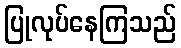
ပြုလုပ်နေကြသည်